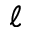
\ell